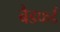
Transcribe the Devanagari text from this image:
बैडफर्ड